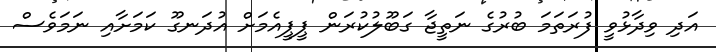
އަދި ވިދާޅުވީ ފުރަތަމަ ބުރުގެ ނަތީޖާ ގަބޫލުކުރަން ޕީޕީއެމަށް އުދަނގޫ ކަމަށާއި ނަމަވެސް